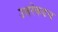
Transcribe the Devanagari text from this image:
उत्तरेकडच